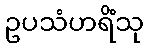
ဥပသံဟရိံသု